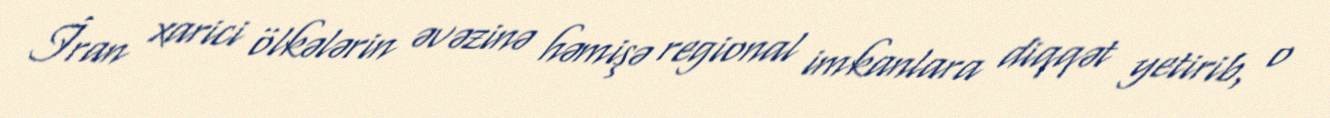
İran xarici ölkələrin əvəzinə həmişə regional imkanlara diqqət yetirib, o